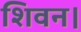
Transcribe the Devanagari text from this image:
शिवन।